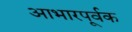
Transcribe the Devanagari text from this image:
आभारपूर्वक